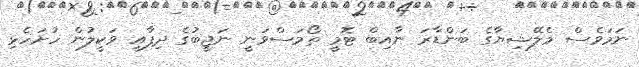
ނަމަވެސް މެލޭޝިޔާގެ ބަންޑާރަ ނާއިބް ޓޮމީ ތޯމަސްވަނީ ނަޖީބުގެ ދިފާއީ ވަކީލުން ހުށަހެޅި